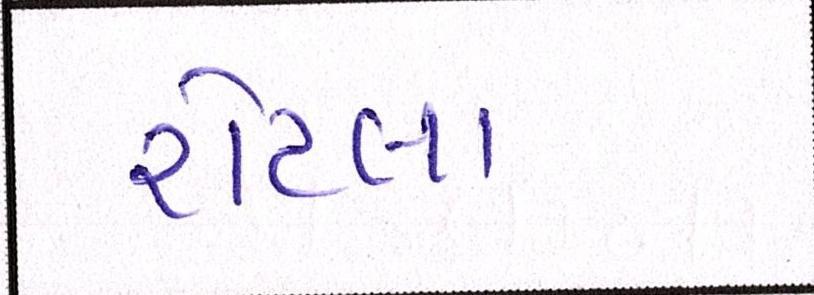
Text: રોટલા